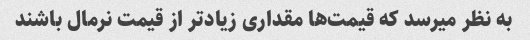
به نظر میرسد که قیمت‌ها مقداری زیادتر از قیمت نرمال باشند